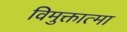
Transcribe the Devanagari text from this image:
विमुक्तात्मा